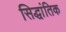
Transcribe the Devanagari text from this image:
सिद्धांतिक